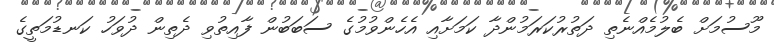
މޫސުމަށް ބެލުމެއްނެތި ދަތުރުކަރަމުންދާ ކަމަށާއި އެހެންވުމުގެ ސަބަބުން ފާއިތުވި ދެތިން ދުވަހު ކަނޑުމަތީގެ